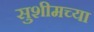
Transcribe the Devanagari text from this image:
सुशीमच्या